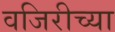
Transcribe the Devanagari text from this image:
वजिरीच्या